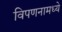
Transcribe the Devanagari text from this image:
विपणनामध्ये